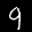
Label: 9